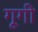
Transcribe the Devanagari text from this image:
गूगी